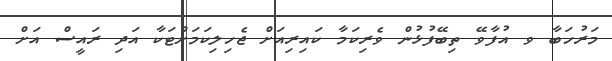
މަރުހަބާ ވ އުފާވޭ ތިބޭފުޅުން ވެރިކަމާ ކައިރިއަށް ޖެހިލިކަމަށްޓަކާ އަދި ރައީސް އަށް